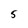
Character: 5